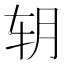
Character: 䢁